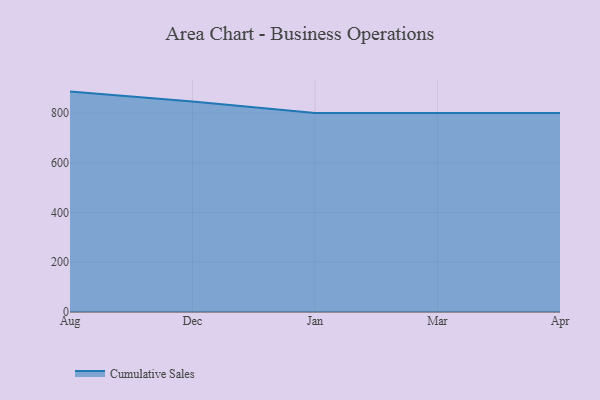
{"axis": {"x": "Month", "y": "Temperature (°C)"}, "legend": ["Cumulative Sales"], "data": [{"x": "Aug", "y": 886.2, "type": "Cumulative Sales"}, {"x": "Dec", "y": 845.9, "type": "Cumulative Sales"}, {"x": "Jan", "y": 800, "type": "Cumulative Sales"}, {"x": "Mar", "y": 800, "type": "Cumulative Sales"}, {"x": "Apr", "y": 800, "type": "Cumulative Sales"}]}